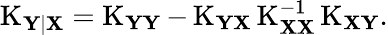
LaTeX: \operatorname{K}_{\mathbf{Y|X}}=\operatorname{K}_{\mathbf{YY}}-\operatorname{K}_{\mathbf{YX}}\operatorname{K}_{\mathbf{XX}}^{-1}\operatorname{K}_{\mathbf{XY}}.